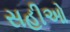
સહીઓ